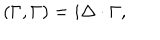
( \Gamma , \Gamma ) = i \Delta \cdot \Gamma ,